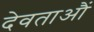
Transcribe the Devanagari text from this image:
देवताऔं